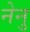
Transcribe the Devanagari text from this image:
नेनु